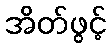
အိတ်ဖွင့်